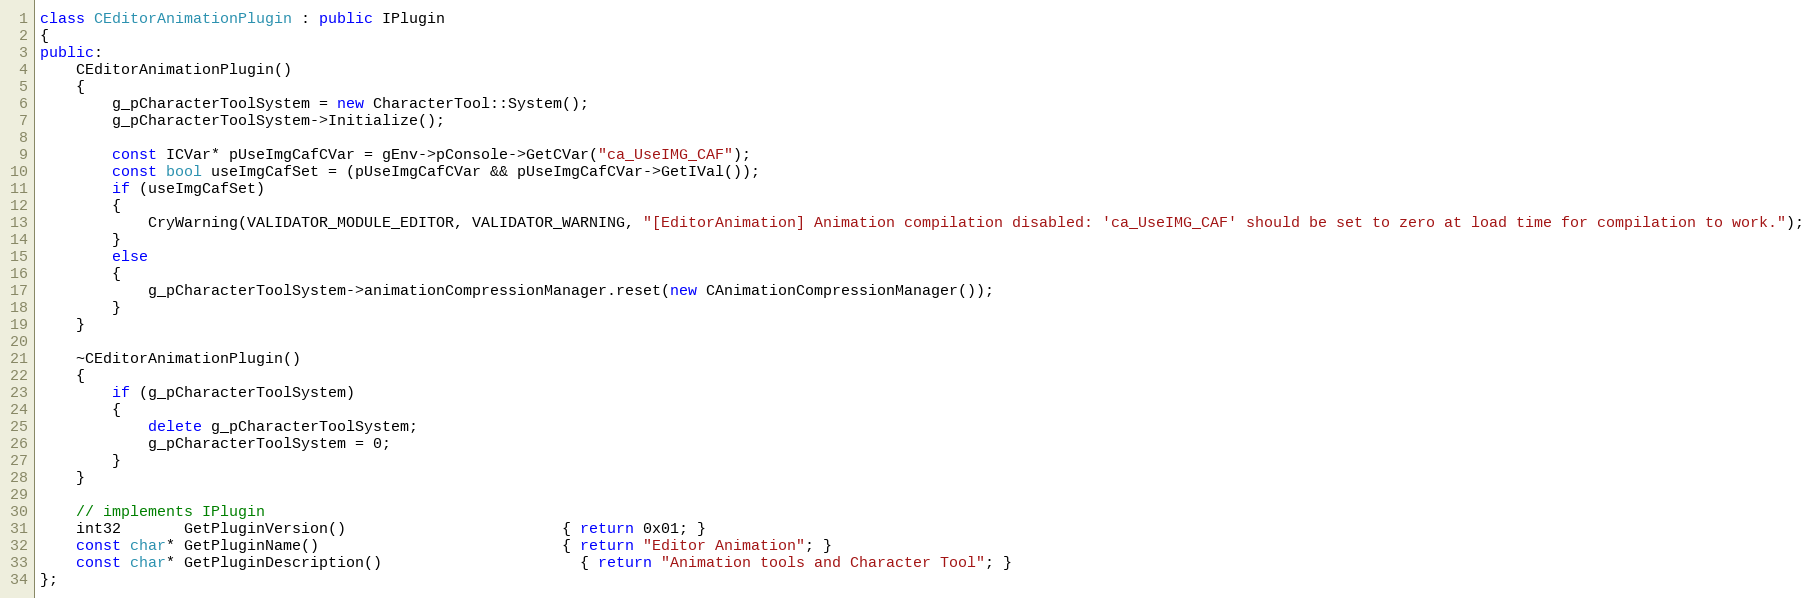
Language: C++
class CEditorAnimationPlugin : public IPlugin
{
public:
	CEditorAnimationPlugin()
	{
		g_pCharacterToolSystem = new CharacterTool::System();
		g_pCharacterToolSystem->Initialize();

		const ICVar* pUseImgCafCVar = gEnv->pConsole->GetCVar("ca_UseIMG_CAF");
		const bool useImgCafSet = (pUseImgCafCVar && pUseImgCafCVar->GetIVal());
		if (useImgCafSet)
		{
			CryWarning(VALIDATOR_MODULE_EDITOR, VALIDATOR_WARNING, "[EditorAnimation] Animation compilation disabled: 'ca_UseIMG_CAF' should be set to zero at load time for compilation to work.");
		}
		else
		{
			g_pCharacterToolSystem->animationCompressionManager.reset(new CAnimationCompressionManager());
		}
	}

	~CEditorAnimationPlugin()
	{
		if (g_pCharacterToolSystem)
		{
			delete g_pCharacterToolSystem;
			g_pCharacterToolSystem = 0;
		}
	}

	// implements IPlugin
	int32       GetPluginVersion()                        { return 0x01; }
	const char* GetPluginName()                           { return "Editor Animation"; }
	const char* GetPluginDescription()					  { return "Animation tools and Character Tool"; }
};